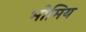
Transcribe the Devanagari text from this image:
भोमिय